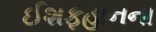
ઈશફહાનના